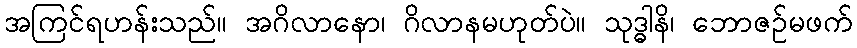
အကြင်ရဟန်းသည်။ အဂိလာနော၊ ဂိလာနမဟုတ်ပဲ။ သုဒ္ဓါနိ၊ ဘောဇဉ်မဖက်